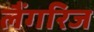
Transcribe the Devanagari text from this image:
लैंगरिज